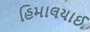
હિમાલયાઈ